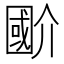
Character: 𭍲